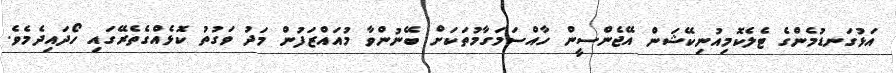
އަޅުގަނޑުމެންގެ ޓެލެކޮމިއުނިކޭޝަން އޭޖެންސީން ހާއްސަމަގާމުތަކަށް ބޭނުންވާ މުއައްޒަފުން މަދު ވަގުތު ކޮޅެއްގެތެރޭގައި ހޯދައިދެމެވެ.